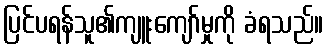
ပြင်ပရန်သူ၏ကျူးကျော်မှုကို ခံရသည်။